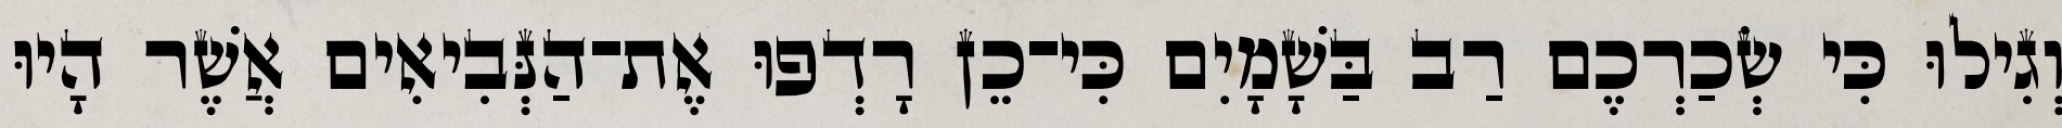
וְגִילוּ כִּי שְׂכַרְכֶם רַב בַּשָׁמָיִם כִּי־כֵן רָדְפוּ אֶת־הַנְּבִיאִים אֲשֶׁר הָיוּ